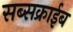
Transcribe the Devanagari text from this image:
सब्सक्राईब